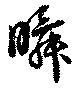
瞬